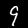
Digit: 9